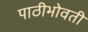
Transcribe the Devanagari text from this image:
पाठीभोवती